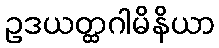
ဥဒယတ္ထဂါမိနိယာ